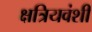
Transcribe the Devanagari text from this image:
क्षत्रियवंशी